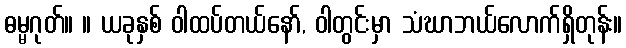
ဓမ္မဂုတ်။ ။ ယခုနှစ် ဝါထပ်တယ်နော်, ဝါတွင်းမှာ သံဃာဘယ်လောက်ရှိတုန်း။